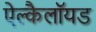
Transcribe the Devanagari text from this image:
ऐल्कैलॉयड